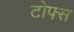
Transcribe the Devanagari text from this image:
टोफ्स